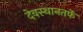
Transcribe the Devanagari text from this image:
देवस्थानतर्फे